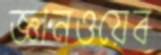
জ্ঞানওয়েব